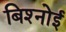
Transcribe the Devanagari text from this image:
बिश्‍नोई